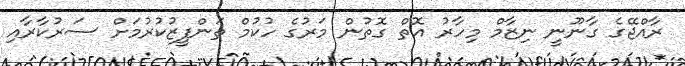
ރާއްޖޭގެ ގާނޫނީ ނިޒާމް މިހާރު އޮތް ގޮތުން މަރުގެ ހުކުމް ތަންފީޒުކުރުމަށް ސަރުކާރާއި